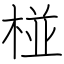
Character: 椪